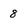
Character: 8